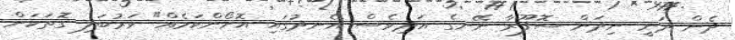
ދެން ދަނީ ނިދަން ސޮފޫރާ ނޭނގެ އަދިވެސް އެނދުގައި އޮށޯންކަމެއް" ވަރުބަލި ގޮތަކަށް